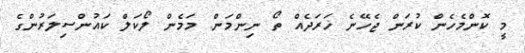
މީ ކޮންމެހެން ކުރަން ޖެހޭނެ ޚަރަދެއް ތޯ ނިންމަން. މަމެން ލޯކަލް ކައުންސިލަރުންގެ